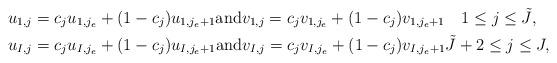
LaTeX: \begin{align*}& u_{1,j} = c_j u_{1, j_e} + (1-c_j) u_{1, j_e+1} \mbox{and} v_{1,j} = c_j v_{1, j_e} + (1-c_j) v_{1, j_e+1} \quad 1 \le j\le \tilde J,\\& u_{I,j} = c_j u_{I, j_e} + (1-c_j) u_{I, j_e+1} \mbox{and} v_{I,j} = c_j v_{I, j_e} + (1-c_j) v_{I, j_e+1} \tilde J+2\le j\le J,\end{align*}